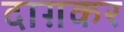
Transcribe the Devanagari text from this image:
दाग़कर